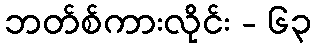
ဘတ်စ်ကားလိုင်း - ၆၃